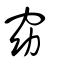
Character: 窈